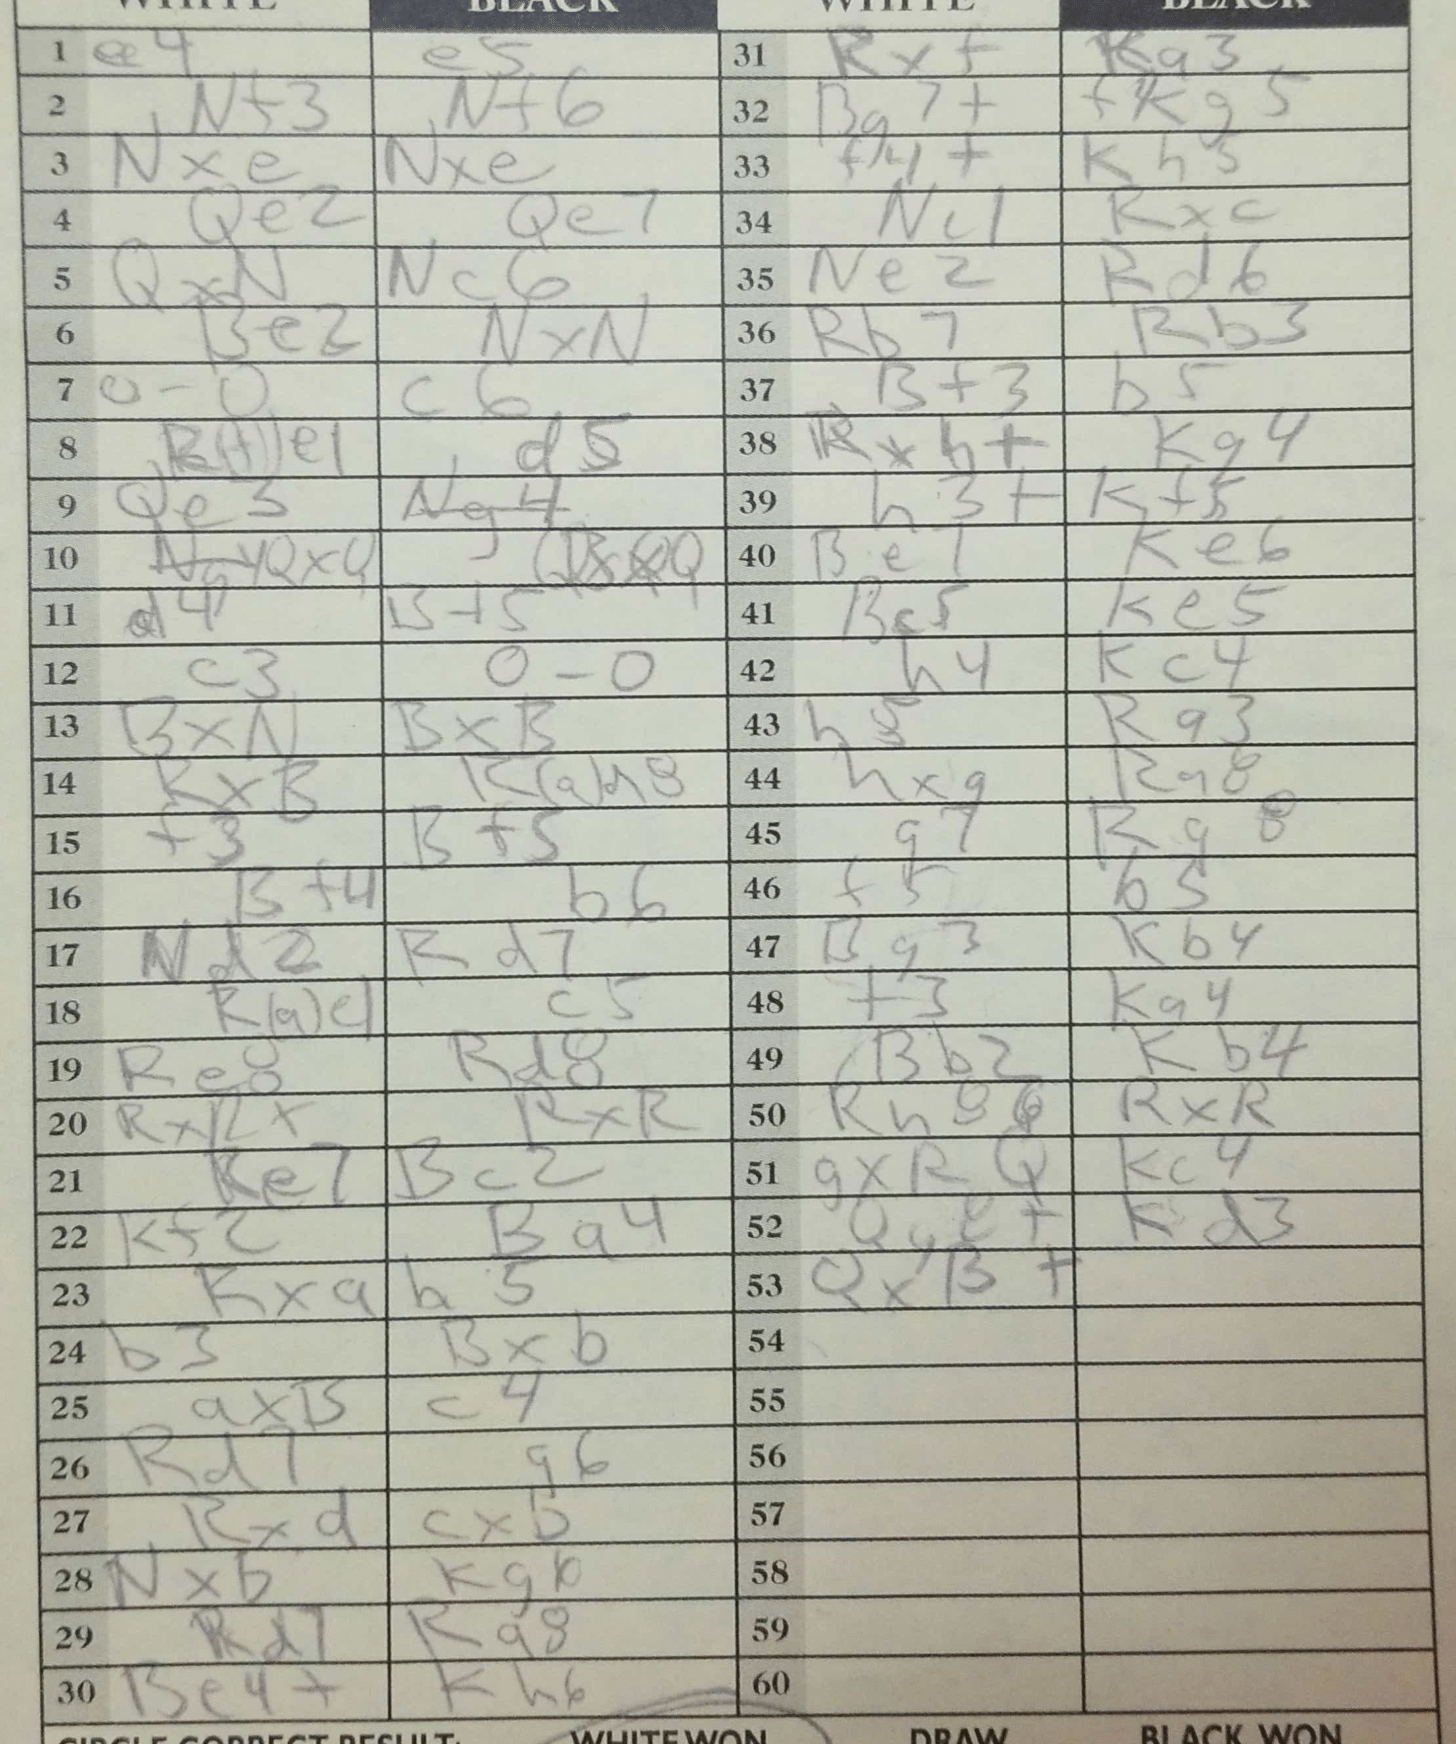
Moves: e4 e5 Nf3 Nf6 Nxe5 Nxe5 Qe2 Qe7 Qxe4 Nc6 Be2 Nxe5 O-O c6 Rfe1 d5 Qe3 Ng4 Qxe7+ Bxe7 d4 Bf5 c3 O-O BxN BxB RxB Rad8 f3 Bf5 Bf4 b6 Nd2 Rd7 Rae1 c5 Re8 Rd8 RxR+ RxR Ke7 Bc2 Kf2 Ba4 Kxa h5 b3 Bxb axB c4 Rd7 g6 Rxd cxb Nxb Kg6 Rd7 Ra8 Be4+ Kh6 Rxf Ra3 Bg7+ Kg5 f4+ Kh5 Nc1 Rxc Ne2 Rd6 Rb7 Rb3 Bf3 b5 Rxh+ Kg4 h3+ Kf5 Be7 Ke6 Bc5 Ke5 h4 Kc4 h5 Ra3 hxg Ra8 g7 Rg8 f5 b5 Bg3 Kb4 f3 Ka4 Bb2 Kb4 Rh8 RxR gxRQ Kc4 Qg8+ Kd3 QxB+